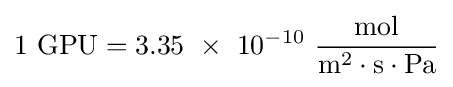
{\rm {{1}\ GPU=3.35\ \times \ 10^{-10}\ {\frac {mol}{m^{2}\cdot s\cdot Pa}}}}